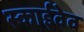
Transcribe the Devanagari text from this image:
स्काईवेव